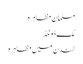
مسلمان مظاہرہ
مک ڈونلڈ
لندن میں مظاہرہ